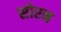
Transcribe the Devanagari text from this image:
सोरन